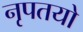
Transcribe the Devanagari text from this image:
नृपतयो